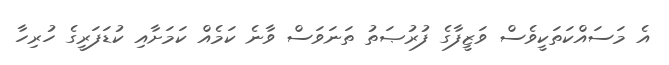
އެ މަސައްކަތަކީވެސް ވަޒީފާގެ ފުރުޞަތު ތަނަވަސް ވާނެ ކަމެއް ކަމަށާއި ކުޑަފަރީގެ ހުރިހާ